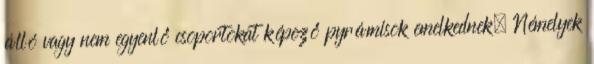
álló vagy nem egyenlő csoportokat képező pyrámisok emelkednek. Némelyek